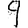
Digit: 9